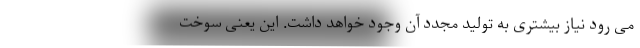
می رود نیاز بیشتری به تولید مجدد آن وجود خواهد داشت. این یعنی سوخت